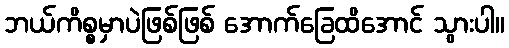
ဘယ်ကိစ္စမှာပဲဖြစ်ဖြစ် အောက်ခြေထိအောင် သွားပါ။